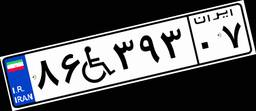
۰۶W۷۶۷۶۳